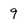
Character: 9